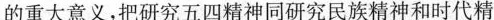
的重大意义，把研究五四精神同研究民族精神和时代精